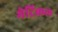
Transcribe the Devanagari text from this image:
मेट्रिकल